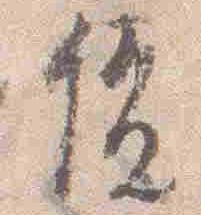
俊